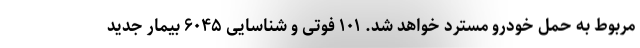
مربوط به حمل خودرو مسترد خواهد شد. ۱۰۱ فوتی و شناسایی ۶۰۴۵ بیمار جدید